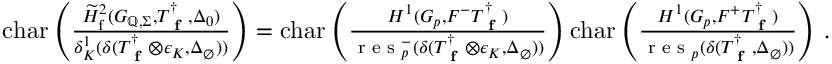
\begin{array} { r } { \mathrm { c h a r } \left( \frac { \widetilde { H } _ { \mathrm { f } } ^ { 2 } ( G _ { \mathbb { Q } , \Sigma } , T _ { \textup { \bf f } } ^ { \dagger } , \Delta _ { 0 } ) } { \delta _ { K } ^ { 1 } ( \delta ( T _ { \textup { \bf f } } ^ { \dagger } \otimes \epsilon _ { K } , \Delta _ { \emptyset } ) ) } \right) = \mathrm { c h a r } \left( \frac { H ^ { 1 } ( G _ { p } , F ^ { - } T _ { \textup { \bf f } } ^ { \dagger } ) } { \textup { r e s } _ { p } ^ { - } ( \delta ( T _ { \textup { \bf f } } ^ { \dagger } \otimes \epsilon _ { K } , \Delta _ { \emptyset } ) ) } \right) \mathrm { c h a r } \left( \frac { H ^ { 1 } ( G _ { p } , F ^ { + } T _ { \textup { \bf f } } ^ { \dagger } ) } { \textup { r e s } _ { p } ( \delta ( T _ { \textup { \bf f } } ^ { \dagger } , \Delta _ { \emptyset } ) ) } \right) \, . } \end{array}